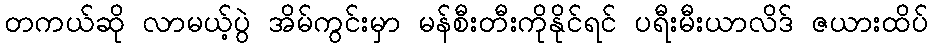
တကယ်ဆို လာမယ့်ပွဲ အိမ်ကွင်းမှာ မန်စီးတီးကိုနိုင်ရင် ပရီးမီးယာလိဒ် ဇယားထိပ်